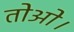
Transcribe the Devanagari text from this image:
तोओ।